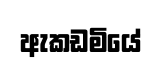
ඇකඩමියේ